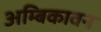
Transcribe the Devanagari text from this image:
अम्बिकावन